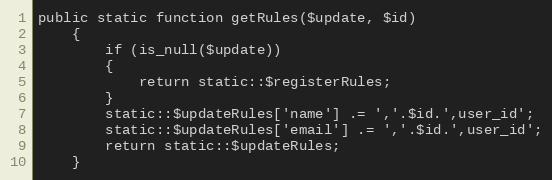
Language: PHP
public static function getRules($update, $id)
	{
		if (is_null($update))
		{
			return static::$registerRules;
		}
		static::$updateRules['name'] .= ','.$id.',user_id';
		static::$updateRules['email'] .= ','.$id.',user_id';
		return static::$updateRules;
	}